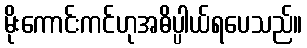
မိုးကောင်းကင်ဟုအဓိပ္ပါယ်ရပေသည်။